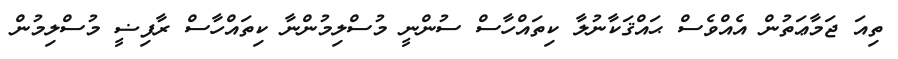
ތިއަ ޖަމާޢަތުން އެއްވެސް ޙައްޤަކާނުލާ ކިތައްހާސް ސުންނީ މުސްލިމުންނާ ކިތައްހާސް ރާފިޟީ މުސްލިމުން